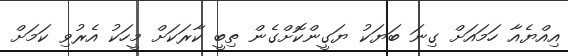
އިއްޔެއާ ހަމައަށް ގިނަ ބަޔަކު ޔަގީންކޮށްގެން ތިބީ ކާރަކަށް މީހަކު އެރުވި ކަމަށް